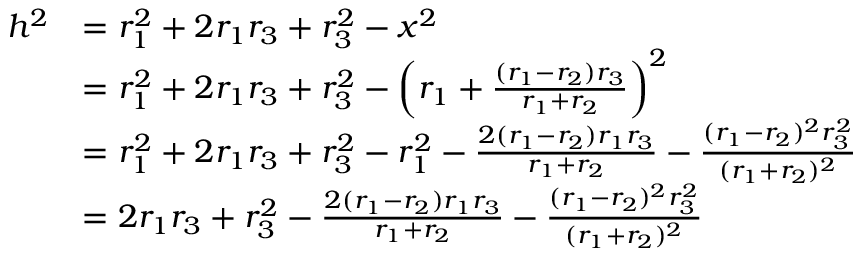
\begin{array} { r l } { h ^ { 2 } } & { = r _ { 1 } ^ { 2 } + 2 r _ { 1 } r _ { 3 } + r _ { 3 } ^ { 2 } - x ^ { 2 } } \\ & { = r _ { 1 } ^ { 2 } + 2 r _ { 1 } r _ { 3 } + r _ { 3 } ^ { 2 } - \left( r _ { 1 } + \frac { ( r _ { 1 } - r _ { 2 } ) r _ { 3 } } { r _ { 1 } + r _ { 2 } } \right) ^ { 2 } } \\ & { = r _ { 1 } ^ { 2 } + 2 r _ { 1 } r _ { 3 } + r _ { 3 } ^ { 2 } - r _ { 1 } ^ { 2 } - \frac { 2 ( r _ { 1 } - r _ { 2 } ) r _ { 1 } r _ { 3 } } { r _ { 1 } + r _ { 2 } } - \frac { ( r _ { 1 } - r _ { 2 } ) ^ { 2 } r _ { 3 } ^ { 2 } } { ( r _ { 1 } + r _ { 2 } ) ^ { 2 } } } \\ & { = 2 r _ { 1 } r _ { 3 } + r _ { 3 } ^ { 2 } - \frac { 2 ( r _ { 1 } - r _ { 2 } ) r _ { 1 } r _ { 3 } } { r _ { 1 } + r _ { 2 } } - \frac { ( r _ { 1 } - r _ { 2 } ) ^ { 2 } r _ { 3 } ^ { 2 } } { ( r _ { 1 } + r _ { 2 } ) ^ { 2 } } } \end{array}